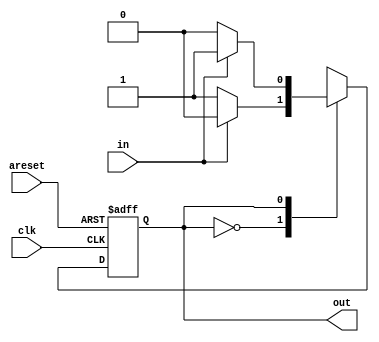
// https://hdlbits.01xz.net/wiki/Fsm1
// debug note: read diagram carefully.
module top_module(
    input clk,
    input areset,    // Asynchronous reset to state B
    input in,
    output out);//  
    parameter A = 0, B=1;
    reg state, next_state;
    
    always@(posedge clk or posedge areset)begin
        if(areset) state <= B;
        else state <= next_state;
    end
    
    always@(*)begin
        case(state)
            A:begin
                if(in) next_state = A;
                else next_state = B;
            end
            B:begin
                if(in) next_state = B;
                else next_state = A;
            end
        endcase
    end
    
    assign out = (state==B);

endmodule